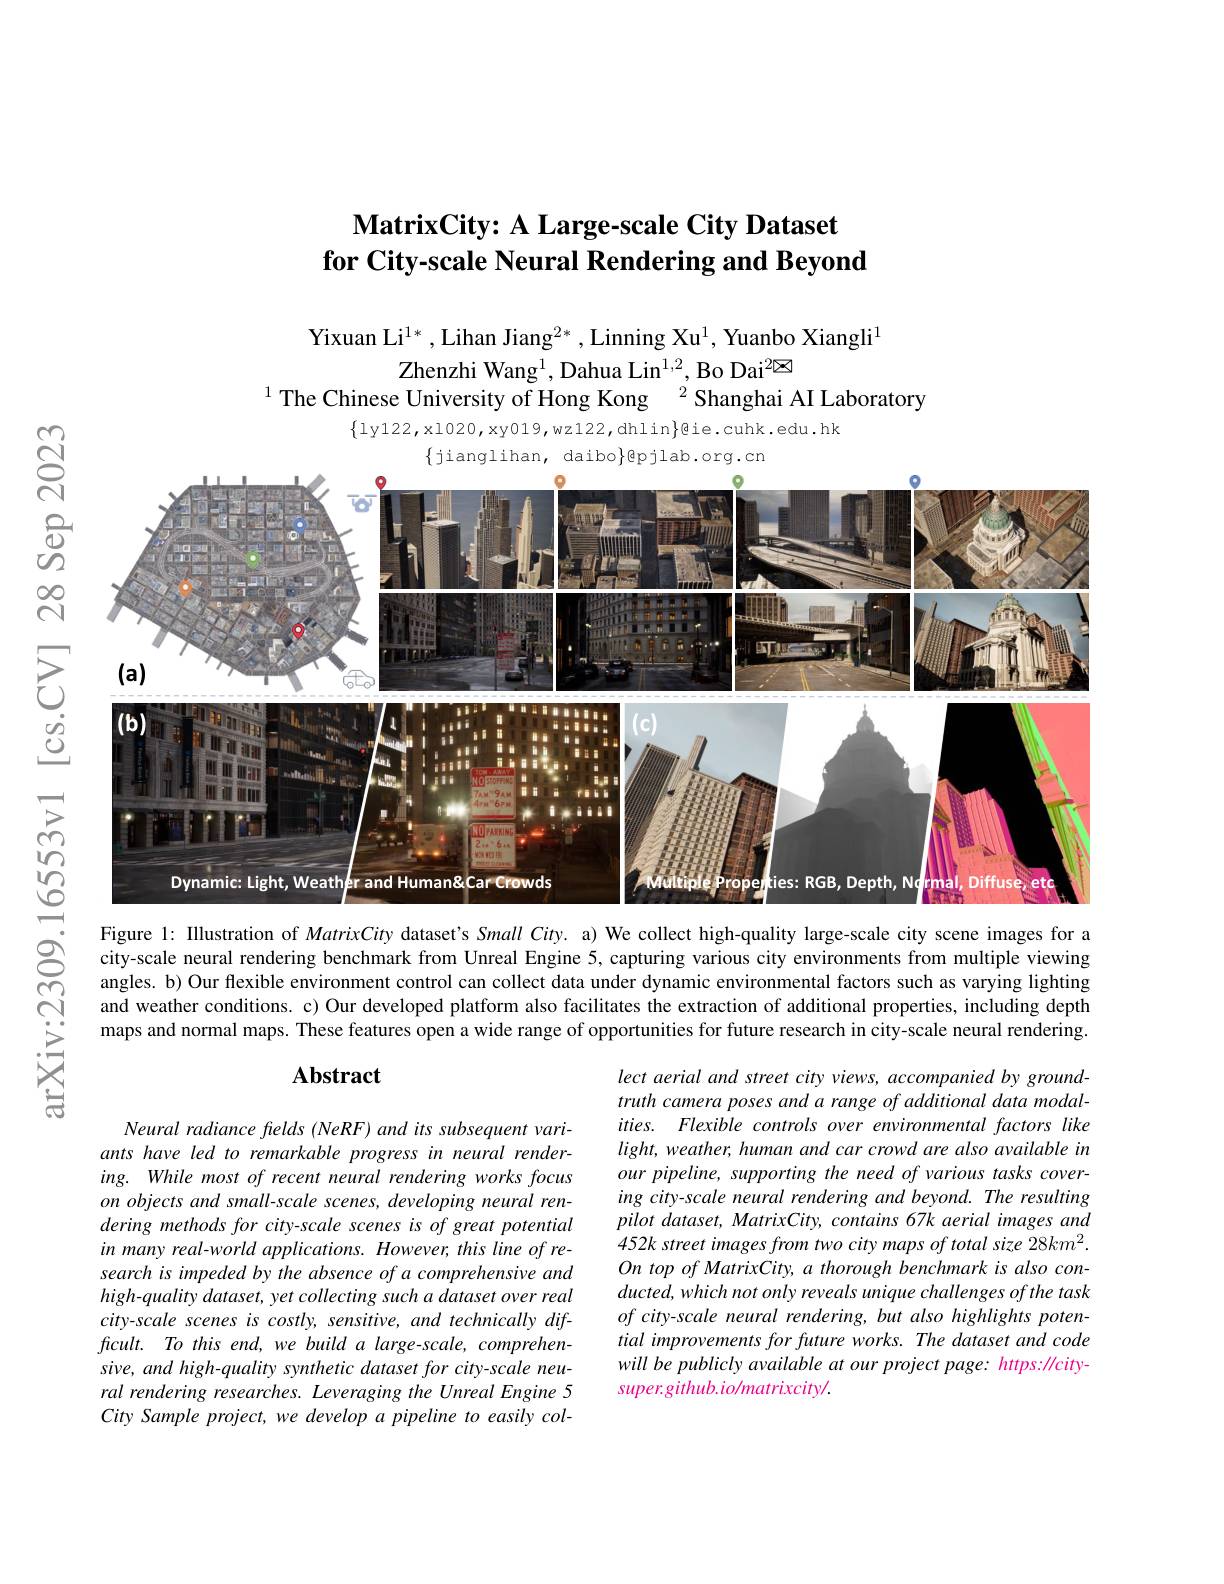
# $\textbf{MatrixCity: A Large- scale City Dataset}$ $\textbf{for City- scale Neural Rendering and Beyond}$

Yixuan Li$^{1*}$,Lihan Jiang$^2*$,Linning Xu$^1$,Yuanbo Xiangli$^1$
Zhenzhi Wang$^{1}$, Dahua Lin$^{1,2}$, Bo Dai$^{2\boxtimes}$
$^{1}$ The Chinese University of Hong Kong $^{2}$ Shanghai AI Laboratory

$\{$ly122, x1020, xy019, wz122, dhlin$\}$eie.cuhk.edu.hk
$\{$jianglihan, daibo$\}$epjlab.org.cn

$ଟ୍ରି$

$സ്പെ$

$ప్రి$
<FigureHere>

$উ్তై$

16553v1

Figure 1: Illustration of MatrixCity dataset's Small City. a) We collect high-quality large-scale city scene images for a city-scale neural rendering benchmark from Unreal Engine 5, capturing various city environments from multiple viewing angles. b) Our flexible environment control can collect data under dynamic environmental factors such as varying lighting and weather conditions. c) Our developed platform also facilitates the extraction of additional properties, including depth maps and normal maps. These features open a wide range of opportunities for future research in city-scale neural rendering

arXiv:2309

### $\mathbf{Abstract}$

lect aerial and street city views, accompanied by groundtruth camera poses and a range of additional data modalities. Flexible controls over environmental factors like $light,weather,humanandcarcrowdarealsoavailablein$ our pipeline, supporting the need of various tasks covering city-scale neural rendering and beyond. The resulting pilot dataset, MatrixCity, contains 67k aerial images and 452k street images from two city maps of total size 28km2. On top of MatrixCity, a thorough benchmark is also conducted, which not only reveals unique challenges of the task of city-scale neural rendering, but also highlights potential improvements for future works. The dataset and code will be publicly available at our project page: https: //citysuper.github.io/matrixcity/.

Neural radiance frelds (NeRF) and its subsequent variants have led to remarkable progress in neural rendering. While most of recent neural rendering works focus on objects and small-scale scenes, developing neural rendering methods for city-scale scenes is of great potential in many real-world applications. However, this line of research is impeded by the absence of a comprehensive and high-quality dataset, yet collecting such a dataset over real city-scale scenes is costly, sensitive, and technically dif- $ficult.$ $To this end, we build a large- scale, comprehen-$ sive, and high-quality synthetic dataset for city-scale neural rendering researches. Leveraging the Unreal Engine 5 City Sample project, we develop a pipeline to easily col-